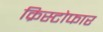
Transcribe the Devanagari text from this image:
क्रिस्टोफार